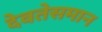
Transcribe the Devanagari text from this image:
देवतेसमान